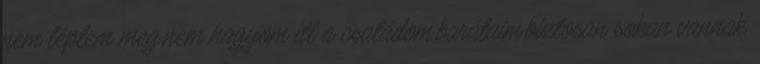
nem léptem meg,nem hagyom itt a családom,barátaim,biztosan sokan vannak